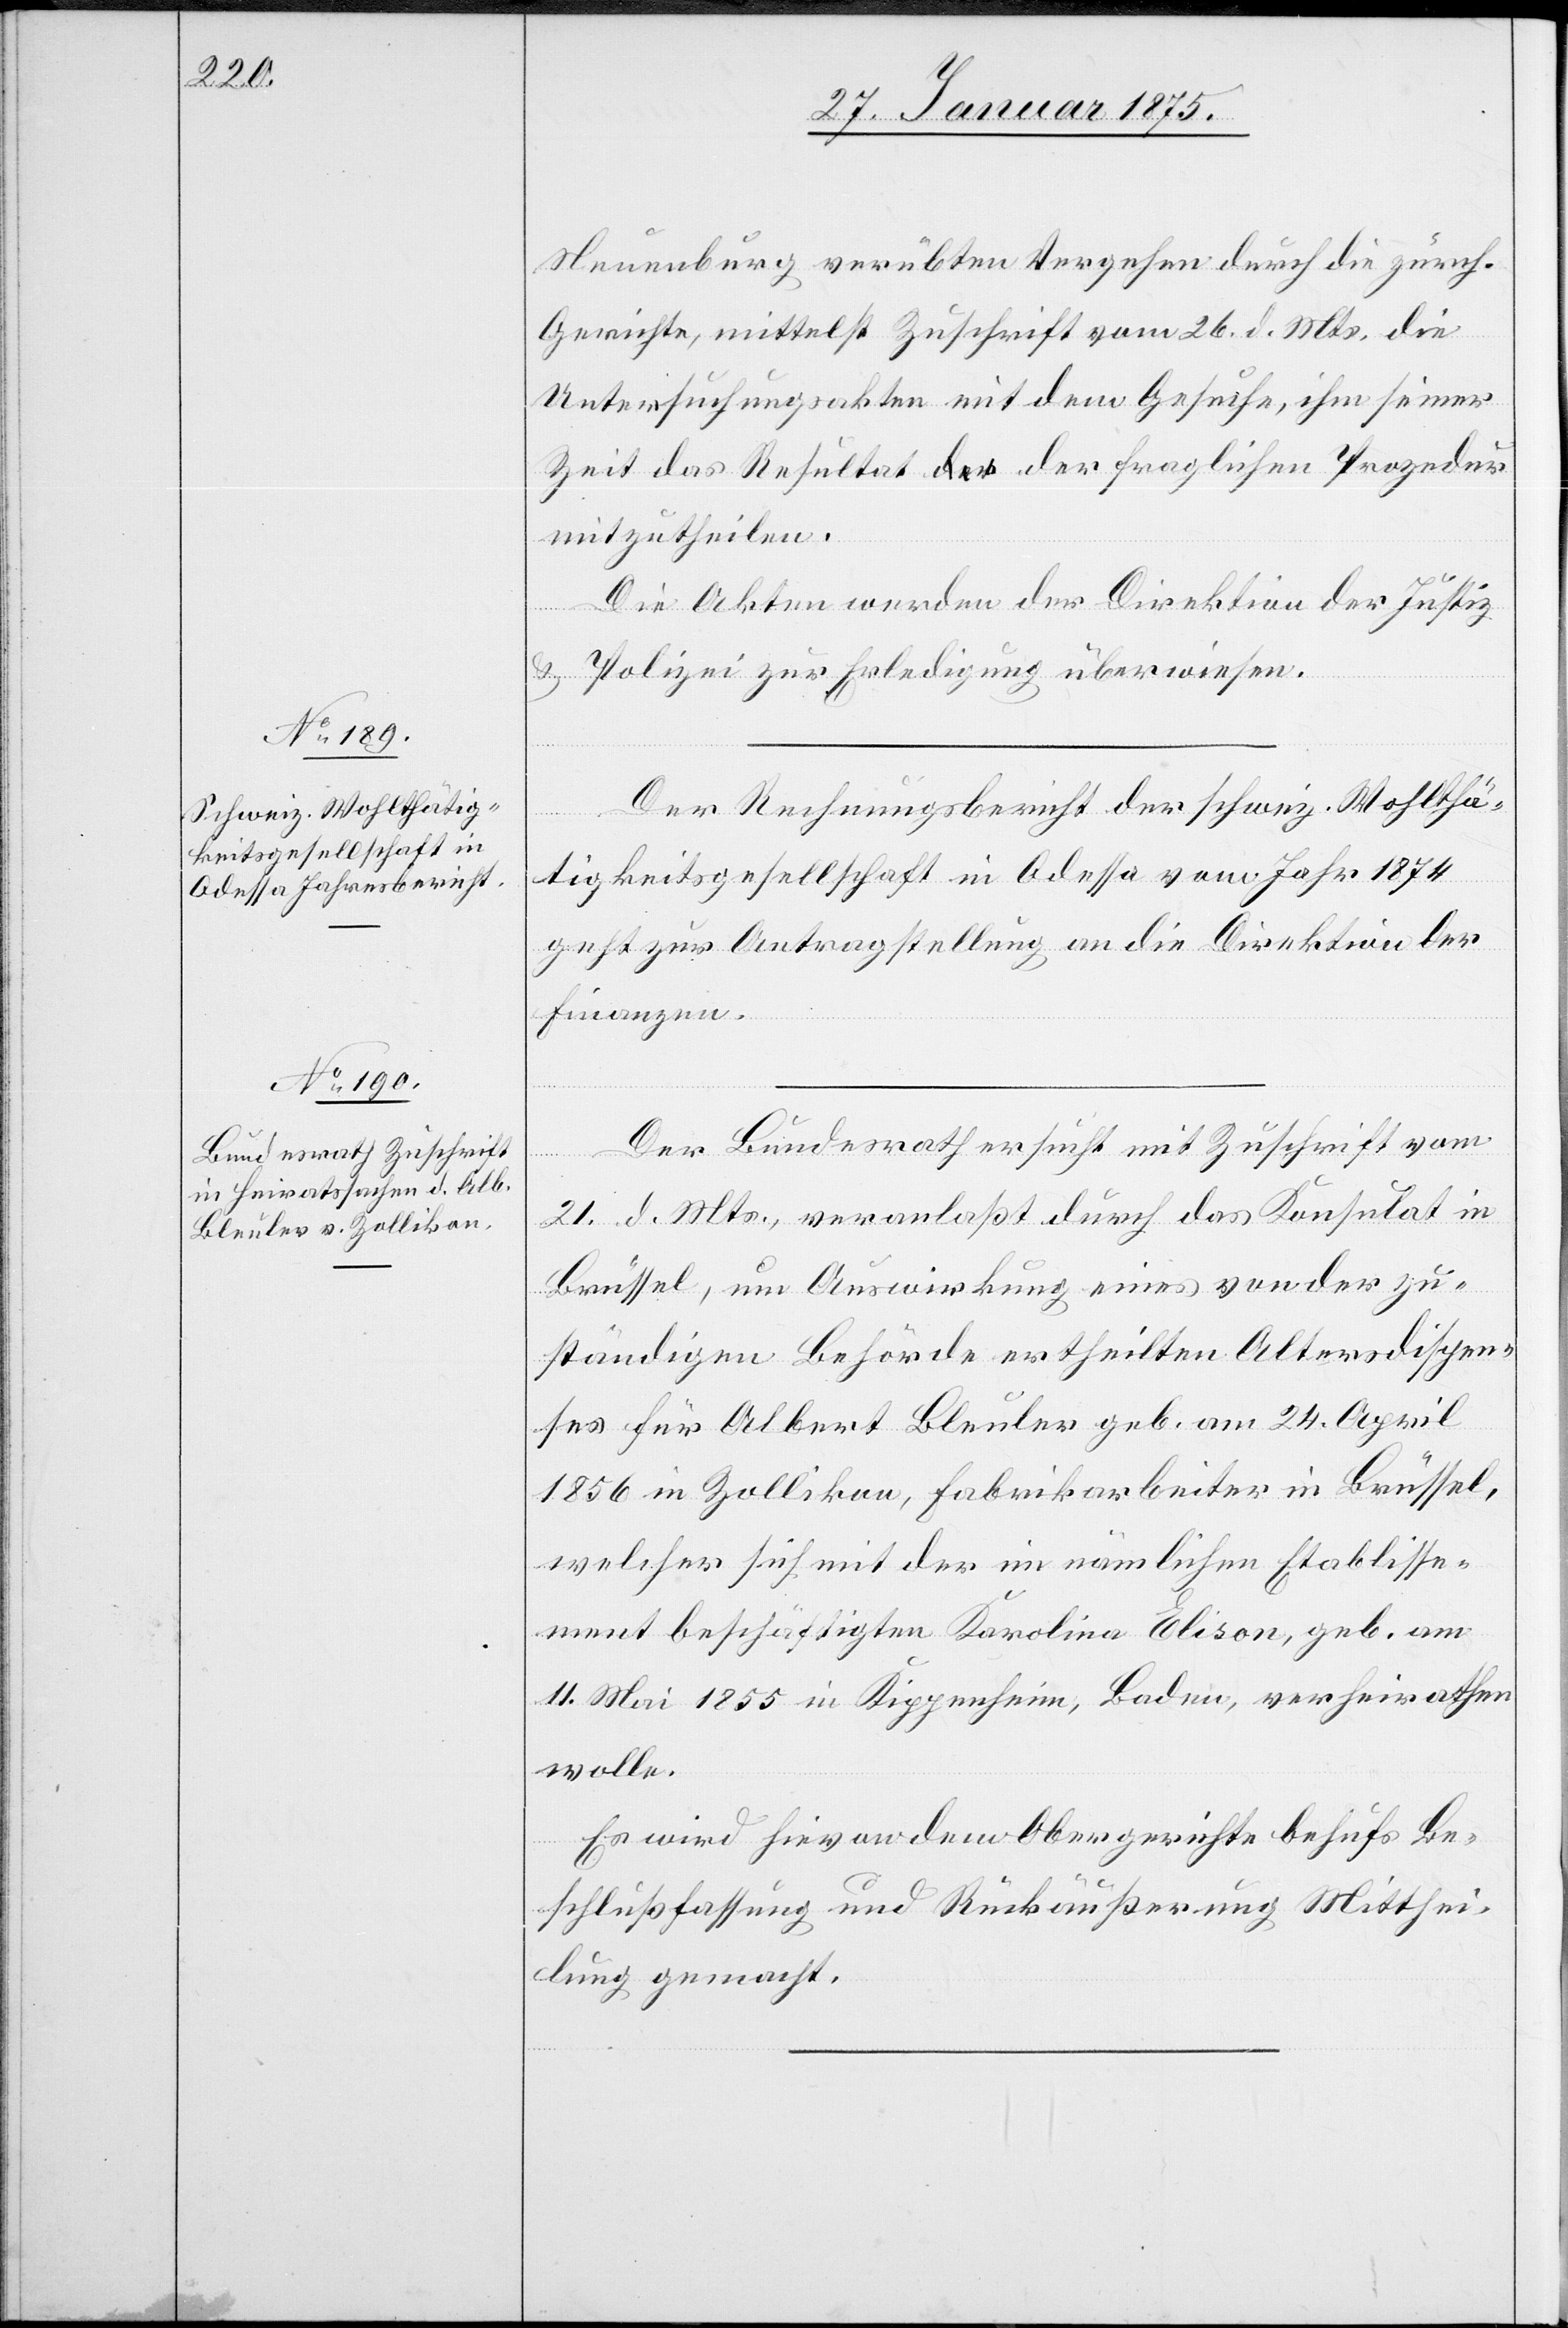
27. Januar 1875.]
Neuenburg verübten Vergehen durch die zürch.
Gerichte, mittelst Zuschrift vom 26. d. Mts. die
Untersuchungsakten mit dem Gesuche, ihm seiner
Zeit das Resultat der fraglichen Prozedur
mitzutheilen.
Die Akten werden der Direktion der Justiz
& Polizei zur Erledigung überwiesen.
Der Rechnungsbericht der schweiz. Wohlthä¬
tigkeitsgesellschaft in Odessa vom Jahr 1874
geht zur Antragstellung an die Direktion der
Finanzen.
Der Bundesrath ersucht mit Zuschrift vom
21. d. Mts., veranlaßt durch das Konsulat in
Brüssel, um Auswirkung eines von der zu¬
ständigen Behörde ertheilten Altersdispen¬
ses für Albert Bleuler geb. am 24. April
1856 in Zollikon, Fabrikarbeiter in Brüssel,
welcher sich mit der im nämlichen Etablisse¬
ment beschäftigten Karolina Elison, geb. am
11. Mai 185 in Kippenheim, Baden, verheirathen
wolle.
Es wird hievon dem Obergerichte behufs Be¬
schlußfassung und Rückäußerung Mitthei¬
lung gemacht.